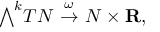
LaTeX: { \textstyle \bigwedge } ^ { k } T N \ { \stackrel { \omega } { \to } } \ N \times \mathbf { R } ,